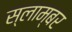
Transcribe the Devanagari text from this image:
स्लाम्बर